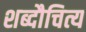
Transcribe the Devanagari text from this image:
शब्दौचित्य